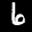
Label: 6